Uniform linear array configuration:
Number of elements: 48
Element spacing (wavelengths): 0.75
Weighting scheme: blackman
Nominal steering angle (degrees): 0
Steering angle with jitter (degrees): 0.6022
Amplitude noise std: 0.05
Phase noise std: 0.05

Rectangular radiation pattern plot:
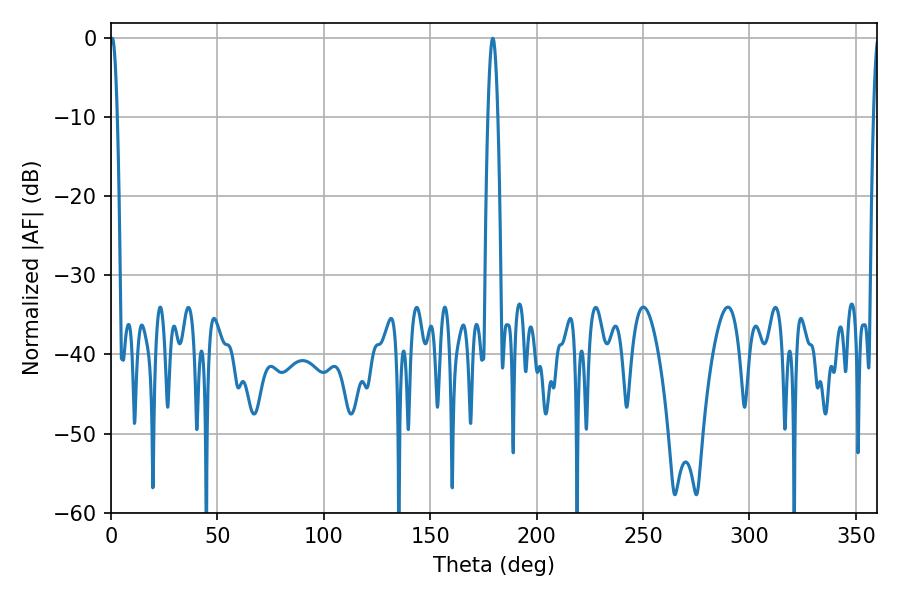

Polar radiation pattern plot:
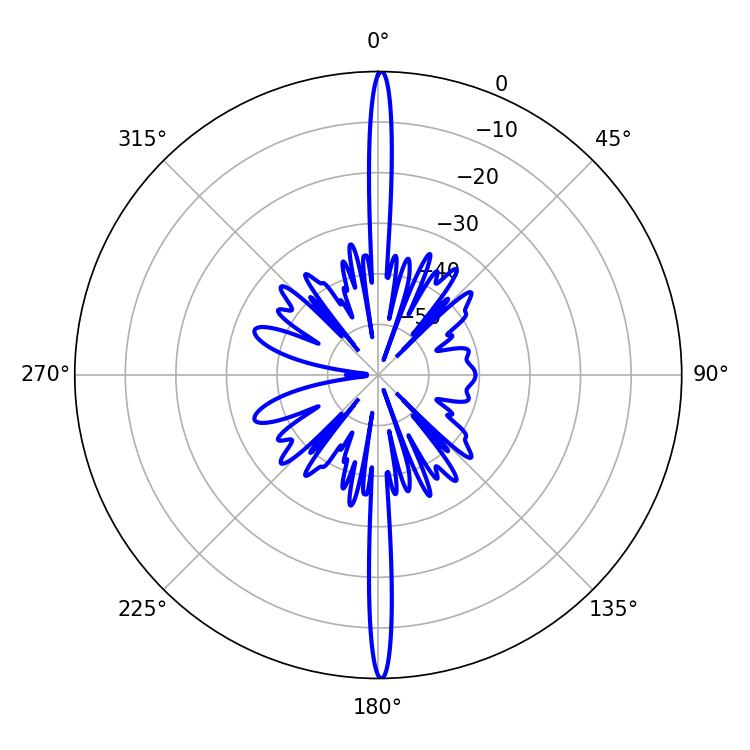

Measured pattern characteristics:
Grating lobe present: TRUE
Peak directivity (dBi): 33.329
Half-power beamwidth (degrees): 1.8
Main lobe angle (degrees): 0.54